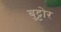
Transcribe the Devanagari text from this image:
बुट्टोर